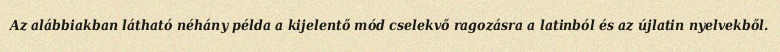
Az alábbiakban látható néhány példa a kijelentő mód cselekvő ragozásra a latinból és az újlatin nyelvekből.